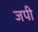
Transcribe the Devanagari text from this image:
जपी